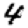
Digit: 4